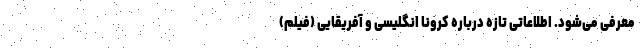
معرفی می‌شود. اطلاعاتی تازه درباره کرونا انگلیسی و آفریقایی (فیلم)